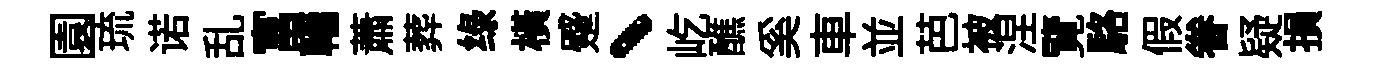
園琉诺乱富轖蕭葬绿橫蹙、屹醮奚車並芭被涅覽駱假眷疑損